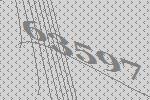
63597